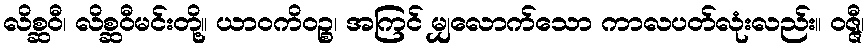
လိစ္ဆဝီ၊ လိစ္ဆဝီမင်းတို့။ ယာဝကိဝဉ္စ၊ အကြင် မျှလောက်သော ကာလပတ်လုံးလည်း။ ဝဇ္ဇီ၊